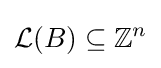
{\mathcal {L}}(B)\subseteq \mathbb {Z} ^{n}